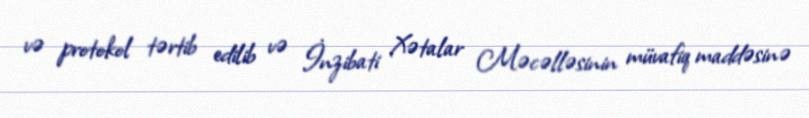
və protokol tərtib edilib və İnzibati Xətalar Məcəlləsinin müvafiq maddəsinə